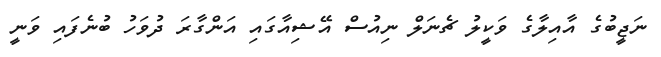
ނަޖީބުގެ އާއިލާގެ ވަކީލު ޗެނަލް ނިއުސް އޭޝިއާގައި އަންގާރަ ދުވަހު ބުނެފައި ވަނީ